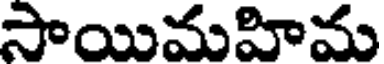
సాయిమహిమ